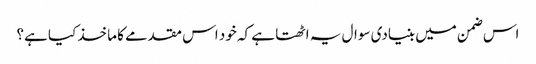
اس ضمن میں بنیادی سوال یہ اٹھتا ہے کہ خود اس مقدمے کا ماخذ کیا ہے؟